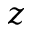
z